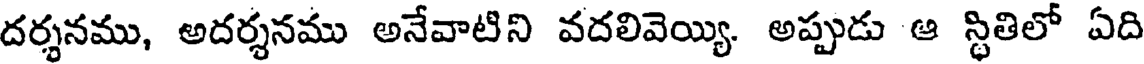
దర్శనము, అదర్శనము అనేవాటిని వదలివెయ్యి. అప్పుడు ఆ స్థితిలో ఏది